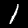
Digit: 1